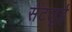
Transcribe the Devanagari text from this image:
सेंटलुई